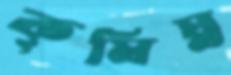
কৃমিঘ্ন